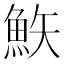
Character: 𩶇